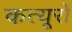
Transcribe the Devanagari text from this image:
कत्यूरों